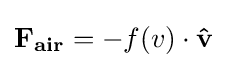
\mathbf {F_{air}} =-f(v)\cdot \mathbf {\hat {v}}